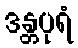
ဒန္တပုရံ